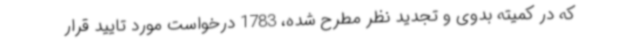
که در کمیته بدوی و تجدید نظر مطرح شده، 1783 درخواست مورد تایید قرار